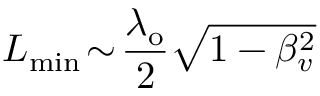
L _ { \mathrm { m i n } } \! \sim \! \frac { \lambda _ { \mathrm { o } } } { 2 } \sqrt { 1 - \beta _ { v } ^ { 2 } }